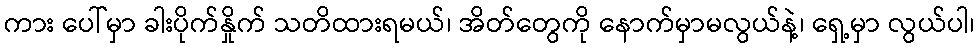
ကား ပေါ်မှာ ခါးပိုက်နှိုက် သတိထားရမယ်၊ အိတ်တွေကို နောက်မှာမလွယ်နဲ့၊ ရှေ့မှာ လွယ်ပါ၊